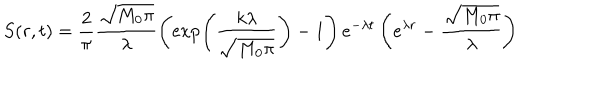
LaTeX: S ( r , t ) = \frac { 2 } { \pi } \frac { \sqrt { M _ { 0 } \pi } } { \lambda } \left( \exp \left( \frac { k \lambda } { \sqrt { M _ { 0 } \pi } } \right) - 1 \right) e ^ { - \lambda t } \left( e ^ { \lambda r } - \frac { \sqrt { M _ { 0 } \pi } } { \lambda } \right)